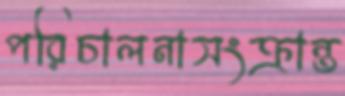
পরিচালনাসংক্রান্ত